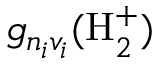
g _ { n _ { i } v _ { i } } ( \mathrm { H } _ { 2 } ^ { + } )